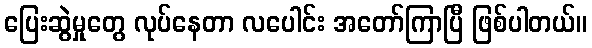
ပြေးဆွဲမှုတွေ လုပ်နေတာ လပေါင်း အတော်ကြာပြီ ဖြစ်ပါတယ်။